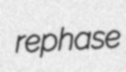
rephase